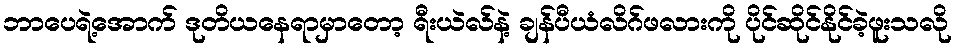
ဘာပေရဲ့အောက် ဒုတိယနေရာမှာတော့ ရီးယဲလ်နဲ့ ချန်ပီယံလိဂ်ဖလားကို ပိုင်ဆိုင်နိုင်ခဲ့ဖူးသလို